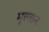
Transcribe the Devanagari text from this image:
मुल्‍तान